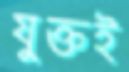
যুক্তই